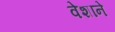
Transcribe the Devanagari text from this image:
वेशाने